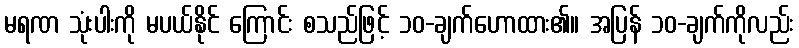
မရဏ သုံးပါးကို မပယ်နိုင် ကြောင်း စသည်ဖြင့် ၁၀-ချက်ဟောထား၏။ အပြန် ၁၀-ချက်ကိုလည်း